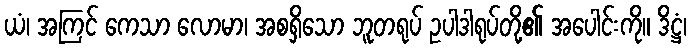
ယံ၊ အကြင် ကေသာ လောမာ၊ အစရှိသော ဘူတရုပ် ဥပါဒါရုပ်တို့၏ အပေါင်းကို။ ဒိဋ္ဌံ၊